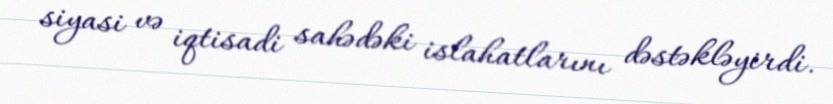
siyasi və iqtisadi sahədəki islahatlarını dəstəkləyirdi.